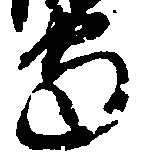
守